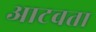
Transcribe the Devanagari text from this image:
आटवता